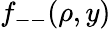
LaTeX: f_{--}(\rho,y)